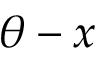
\theta - x